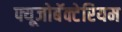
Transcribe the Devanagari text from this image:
फ्यूजोबॅक्टेरियम